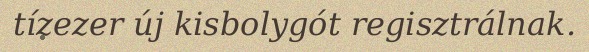
tízezer új kisbolygót regisztrálnak.